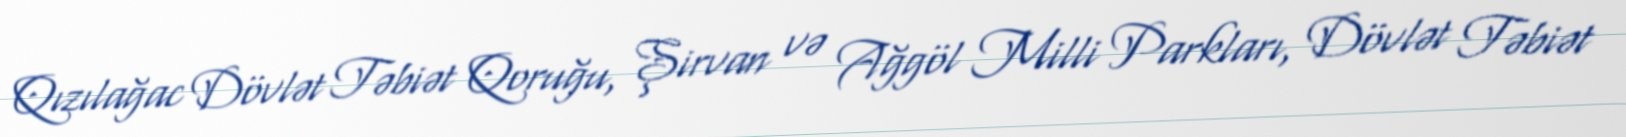
Qızılağac Dövlət Təbiət Qoruğu, Şirvan və Ağgöl Milli Parkları, Dövlət Təbiət